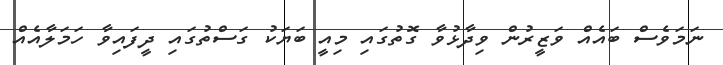
ނަމަވެސް ބައެއް ވަޒީރުން ވިދާޅުވާ ގޮތުގައި މިއީ ބަޔަކު ގަސްތުގައި ދީފައިވާ ހަމަލާއެއް